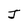
Character: J